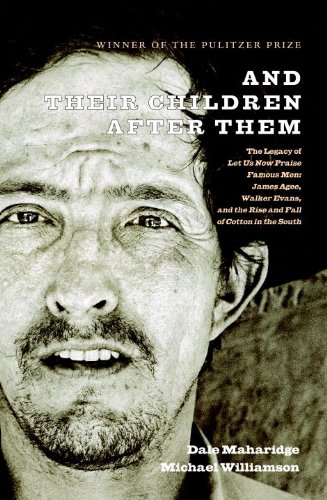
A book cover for And Their Children After Them: The Legacy of Let Us Now Praise Famous Men: James Agee, Walker Evans, and the Rise and Fall of Cotton in the South; Dale Maharidge; Humor & Entertainment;